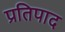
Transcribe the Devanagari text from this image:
प्रतिपाद